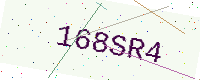
Text: 168SR4